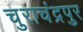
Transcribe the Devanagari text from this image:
चुराचंद्रपुर